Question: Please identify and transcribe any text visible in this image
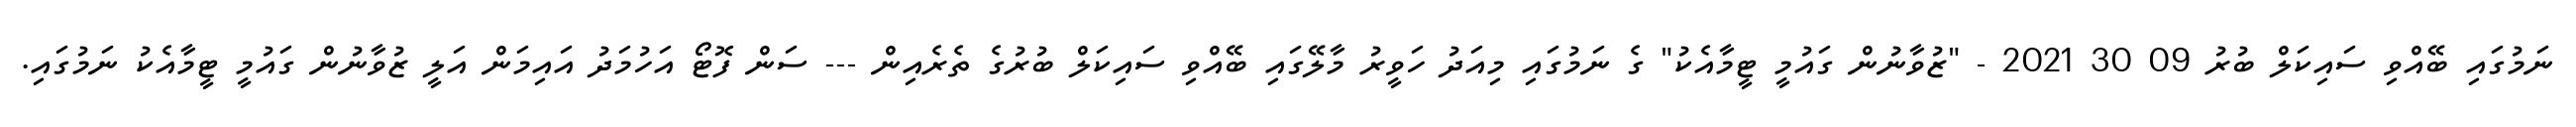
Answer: ނަމުގައި ބޭއްވި ސައިކަލް ބުރު 09 30 2021 - "ޒުވާނުން ގައުމީ ޓީމާއެކު" ގެ ނަމުގައި މިއަދު ހަވީރު މާލޭގައި ބޭއްވި ސައިކަލް ބުރުގެ ތެރެއިން --- ސަން ފޮޓޯ އަހުމަދު އައިމަން އަލީ ޒުވާނުން ގައުމީ ޓީމާއެކު ނަމުގައި.